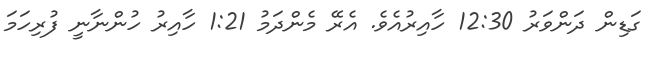
ގަޑިން ދަންވަރު 12:30 ހާއިރުއެވެ. އެރޭ މެންދަމު 1:21 ހާއިރު ހުންނާނީ ފުރިހަމަ